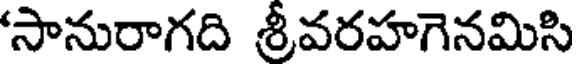
సానురాగది శ్రీవరహగెనమిసి